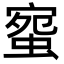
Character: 䗕